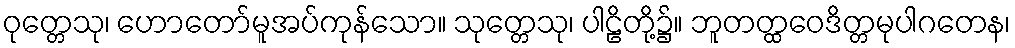
ဝုတ္တေသု၊ ဟောတော်မူအပ်ကုန်သော။ သုတ္တေသု၊ ပါဠိတို့၌။ ဘူတတ္ထဝေဒိတ္တမုပါဂတေန၊